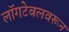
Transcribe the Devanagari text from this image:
लॉगटेबलवरून